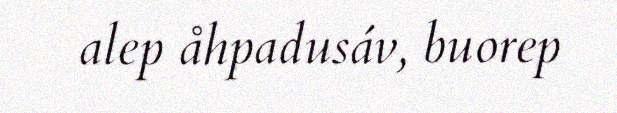
alep åhpadusáv, buorep